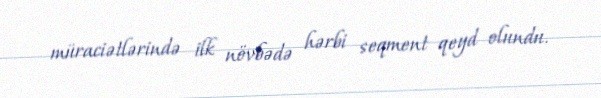
müraciətlərində ilk növbədə hərbi seqment qeyd olundu.